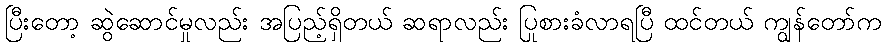
ပြီးတော့ ဆွဲဆောင်မှုလည်း အပြည့်ရှိတယ် ဆရာလည်း ပြုစားခံလာရပြီ ထင်တယ် ကျွန်တော်က